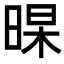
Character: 𣈁